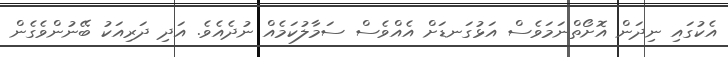
އެކުގައި ނިދަން އޮށޯތްނަމަވެސް އަޅުގަނޑަށް އެއްވެސް ސަމާލުކަމެއް ނުދެއެވެ. އަދި ދަރިއަކު ބޭނުންވެގެން